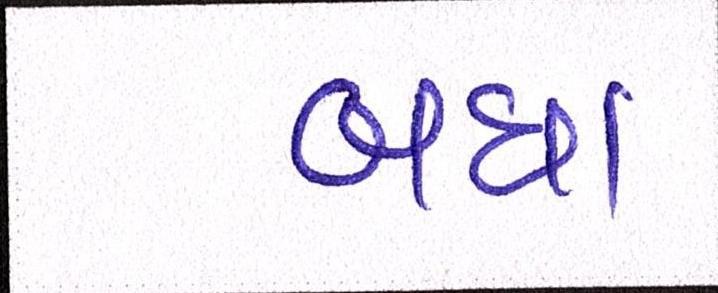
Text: બધા